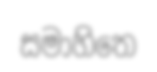
සමාහිතෙ